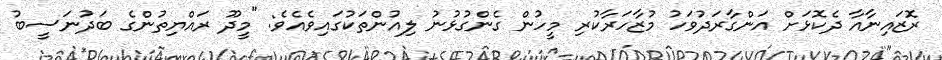
ރޮޒައިނާއާ ދެކޮޅަށް އަންގާރަދުވަހު މުޒާހަރާކުރި މީހުން ގެންގުޅުނު ލިއުންތަކުގައިވެއެވެ: "މީދޫ ރައްޔިތުންގެ ބަދުނަސީބު